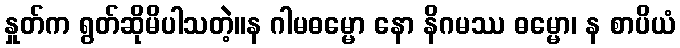
နှုတ်က ရွတ်ဆိုမိပါသတဲ့။န ဂါမဓမ္မော နော နိဂမဿ ဓမ္မော၊ န စာပိယံ